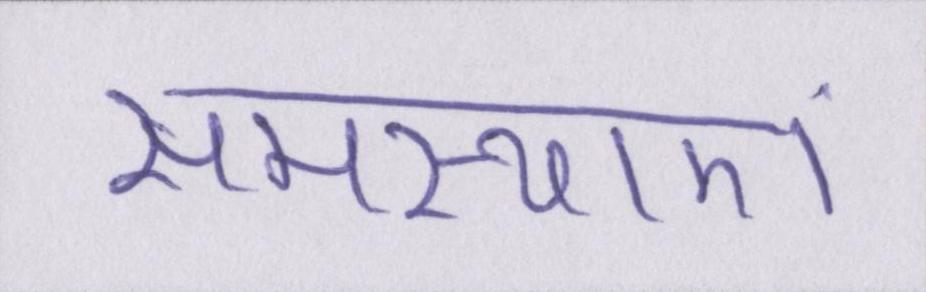
समस्याएं